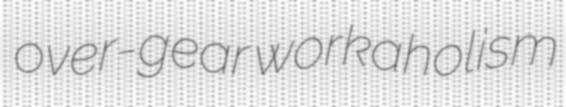
over-gear workaholism